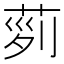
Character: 𦱝